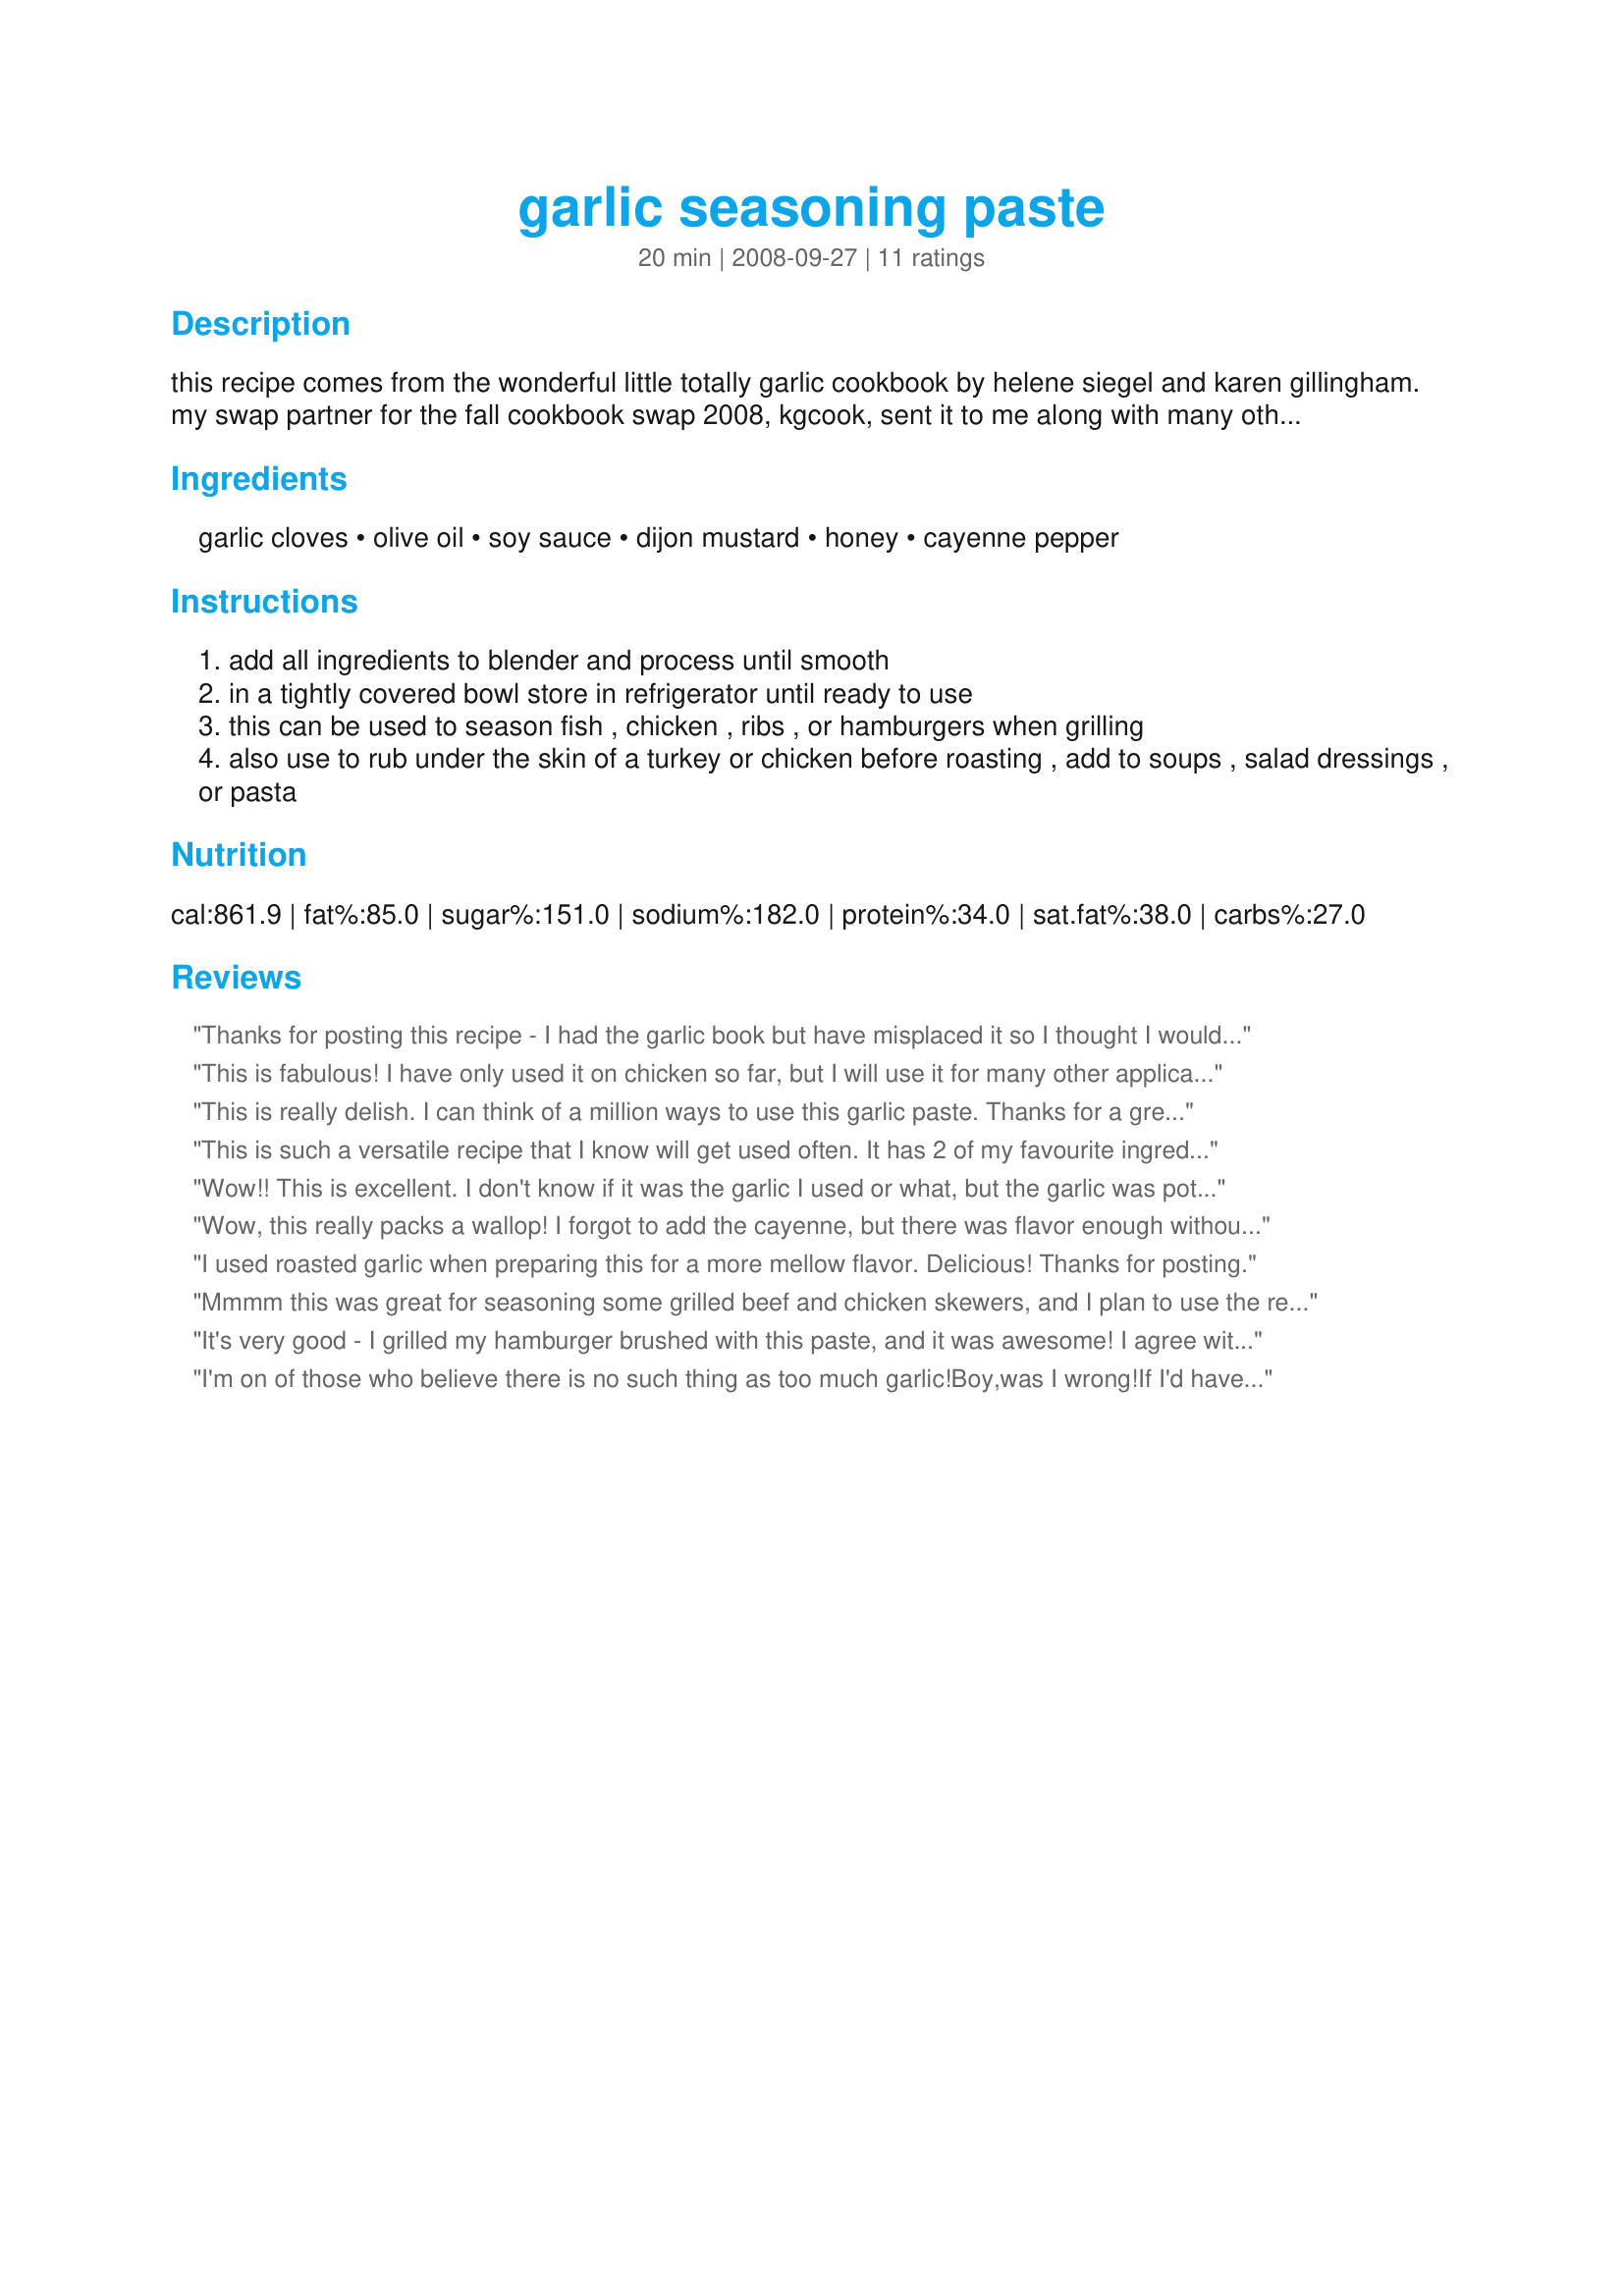
garlic seasoning paste
Preparation time: 20 minutes

this recipe comes from the wonderful little totally garlic cookbook by helene siegel and karen gillingham. my swap partner for the fall cookbook swap 2008, kgcook, sent it to me along with many other great cookbooks.

Ingredients:
garlic cloves, olive oil, soy sauce, dijon mustard, honey, cayenne pepper

Steps:
add all ingredients to blender and process until smooth
in a tightly covered bowl store in refrigerator until ready to use
this can be used to season fish , chicken , ribs , or hamburgers when grilling
also use to rub under the skin of a turkey or chicken before roasting , add to soups , salad dressings , or pasta

Reviews:
Thanks for posting this recipe - I had the garlic book but have misplaced it so I thought I would see if it was posted here - I have used this paste for years - I think one of the kids borrowed the book and who knows if I'll ever see it again!! lol
This is fabulous! I have only used it on chicken so far, but I will use it for many other applications as well. Next I will try it on a beef roast. Thanks for posting this keeper!
This is really delish. I can think of a million ways to use this garlic paste. Thanks for a great recipe. : )
This is such a versatile recipe that I know will get used often. It has 2 of my favourite ingredients, garlic & mustard so I knew I was onto a winner. I used this to coat some chicken tenders before cooking them. Thanks for posting a real keeper for me :)
Wow!! This is excellent. I don't know if it was the garlic I used or what, but the garlic was potent in this recipe!! I may have used too many cloves of garlic. I had to add a little more of the soy sauce and honey to tone it down a little. I rubbed some of this into a steak I was fixing for dinner and then fried it. It made the steak taste really good. I added about 1/2 teaspoon of your Recipe #7829. It gave the potato salad a little bit of a kick but it didn't overpower it. I will be making this again. Thanks for sharing your recipe Lauralie. Made for PAC "08.
Wow, this really packs a wallop! I forgot to add the cayenne, but there was flavor enough without it. I plan to use this to perk up some leftover meat. Thanks a lot for posting. Made for Aus/NZ recipe swap.
I used roasted garlic when preparing this for a more mellow flavor. Delicious! Thanks for posting.
Mmmm this was great for seasoning some grilled beef and chicken skewers, and I plan to use the remainder tomorrow on a lamb roast which I'm sure will be great as well. It had a really nice consistency that made it easy to spread over the meat without it running off during cooking. It's quite a potent paste ideal for those that believe there is no such thing as too much garlic!
It's very good - I grilled my hamburger brushed with this paste, and it was awesome! I agree with littlemafia - I love how you get the flavors from everything in this paste. Thank you so much for sharing!
I'm on of those who believe there is no such thing as too much garlic!Boy,was I wrong!If I'd have had a hat one if would've jumped right off my head it's so potent. Haven't used it on anything yet but I loved licking everything this paste touched. Can't wait to try it with some meat. I have a dark soy sauce so I cut down the amount a little. I love that even the garlic taste is predominant still i can taste every ingredient in it. The only downside: it's not a pretty site, especially if you're in the diaper changing business like I am myself. Thanks for sharing and please post more recipes from the same book.
I put this on and in a whole chicken and threw it in the crockpot. Yummy!!! The garlic flavor was perfect, maybe because I made the paste 2 days ahead. My husband thought it reminded him of a garlicky teriyaki sauce. I want to try it on grilled meat next.
